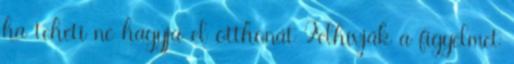
ha teheti ne hagyja el otthonát Felhívják a figyelmet